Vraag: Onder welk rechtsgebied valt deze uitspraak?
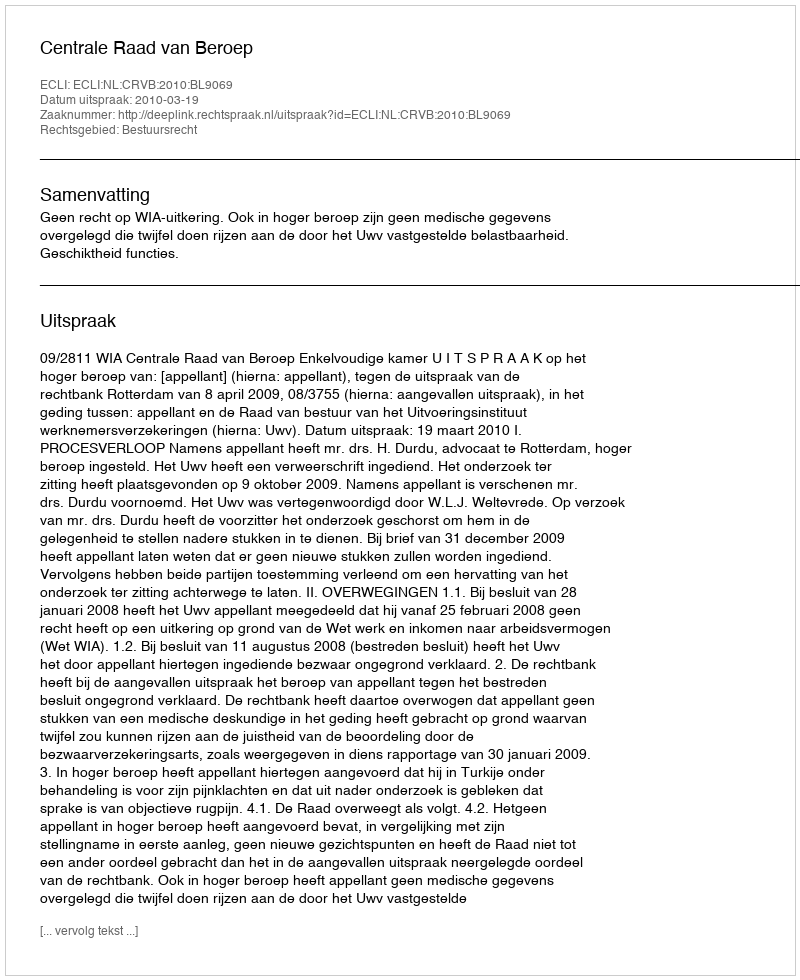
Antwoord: Bestuursrecht